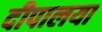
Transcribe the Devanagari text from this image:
दीपालया